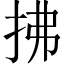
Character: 拂